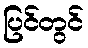
ပြင်တွင်